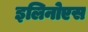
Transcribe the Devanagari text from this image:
इलिनोएस